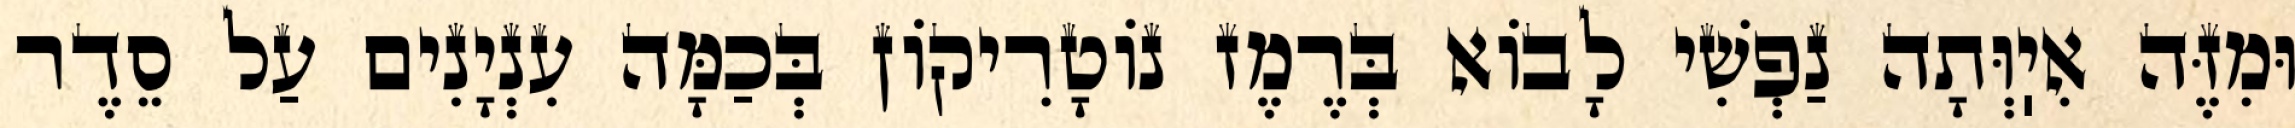
וּמִזֶּה אִיֽוְּתָה נַפְשִׁי לָבוֹא בְּרֶמֶז נוֹטָרִיקוֹן בְּכַמָּה עִנְיָנִים עַל סֵדֶר